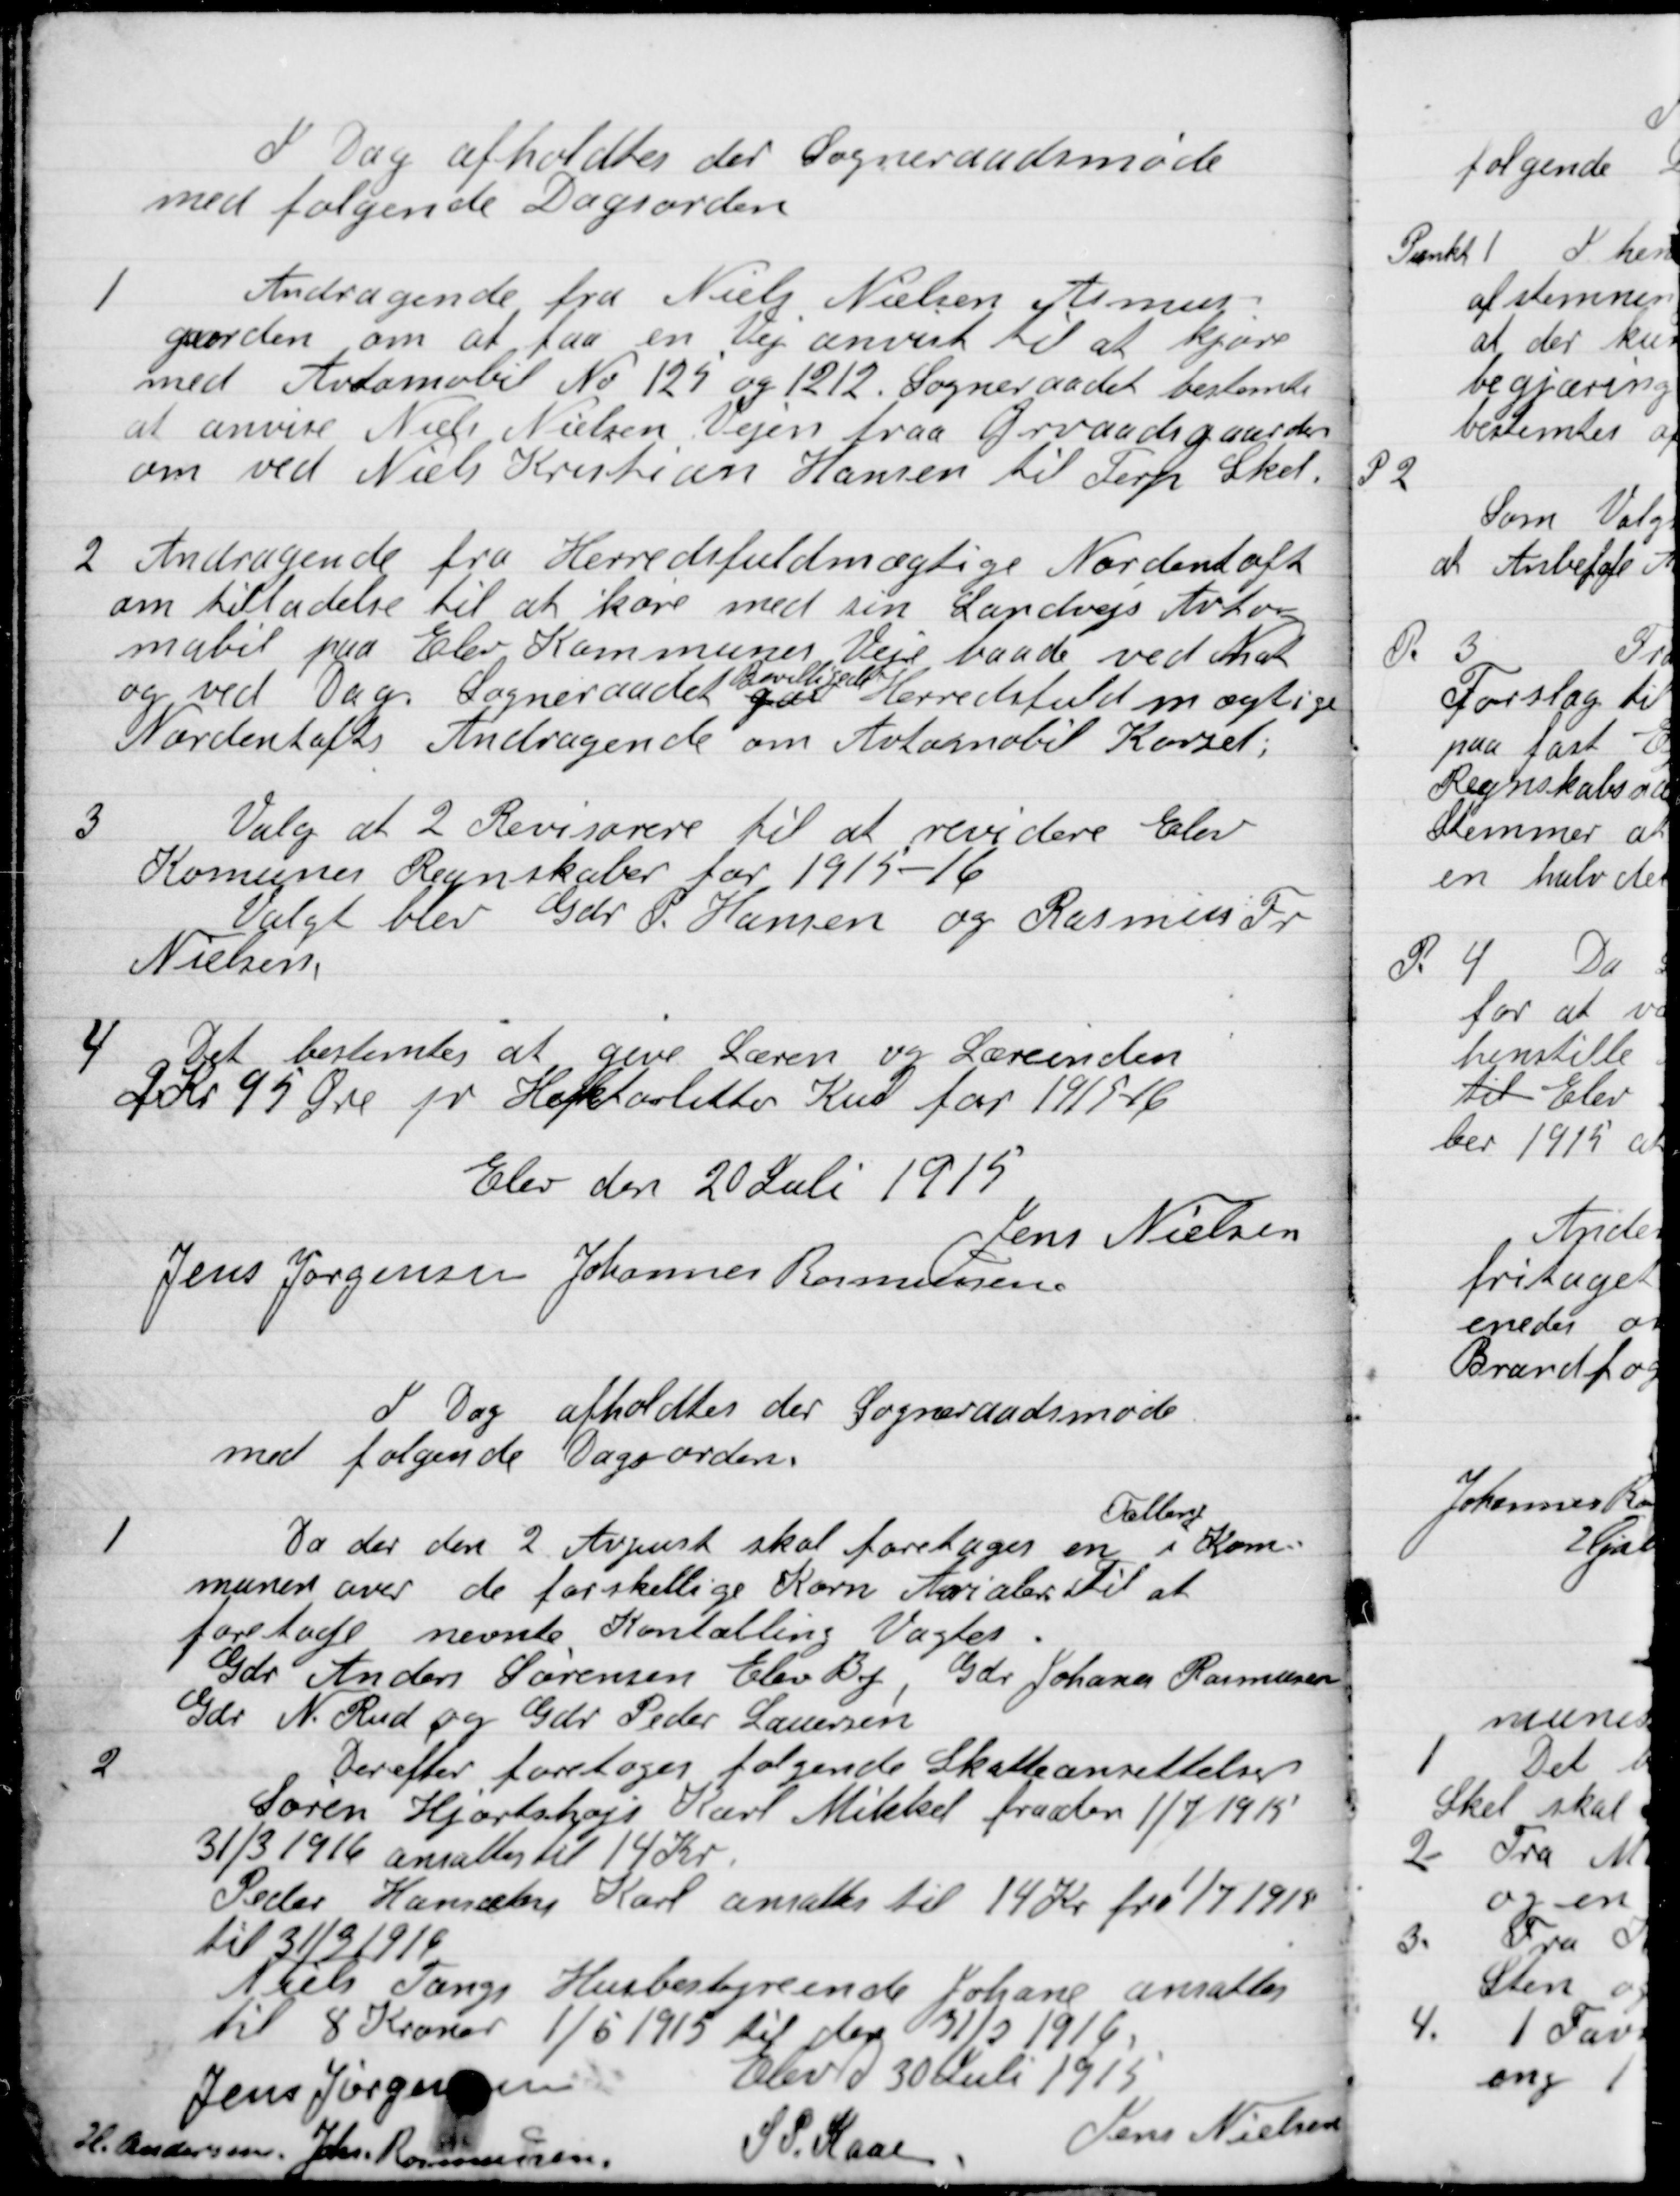
Transskription:
I dag afholdtes der Sogneraadsmøde
med følgende Dagsorden

1.

Andragende fra Niels Nielsen angaaende
om at faa en Vej ændret til at køre
med Automobil No. 125 og 1212 Sogneraadet bestemte
at anvise Niels Nielsen Vejen fra Grvaadsgaard
om ved Niels Kristian Hansen til Terp Skel.

2.

Andragende fra Herredsfuldmægtig Nordentoft
om  tilladelse til at køre med sin Landvejs Auto-
mobil paa Elev Kommunes Veje baade ved Nat
og ved Dag. Sogneraadet
Bevilligede
Herredsfuldmægtige
Nordentofts Andragende om Automobil Kørsel;

3

Valg af 2 Revisorer til at revidere elevs
Kommunes Regnskaber for 1915-16.
Valget blev Gdr P. Hansen og Rasmus Fr.
Nielsen.

4

Det bestemtes at give Læren og Lærerinden
2 Kr. 95 Øre pr Hektoliter Kul for 1915-16.

Elev den 20 juli 1915

Jens Nielsen
Jens Jørgensen
Johannes Rasmussen

I Dag afholdes der Sogneraadsmøde
med følgende Dagsorden.

1

Da der den 2 August skal foretages en
Tælling
i Kom-
munen over de forskellige Korn Arealer. Til at
foretogs nevnte Korntælling Valgtes.
Gdr. Anders Sørensen Elev By, Gdr. Jonans Rasmussen,
Gdr. N. Rud og Gdr. Peder Laursen.

2

Derefter foretoges følgende Skatteansættelser
Søren Hjortshøj, Karl Mikkel fra den 1/7 1915 -
31/3 1916 ansattes til 14 Kr.
Peder Hansens Karl ansattes til 14 Kr. fra 1/7 1915
til 31/3 1916
Niels Terps Husbestyrerinde Johanne ansattes
til 8 Kroner 1/5 1915 til den 31/3 1916.

Elev D. 30 Juli 1915

Jens Jørgensen
H. Andersen
John. Rasmussen
S.P. Kaae
Jens Nielsen